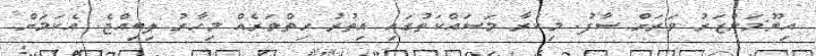
އިބޫ:މަންޒަރު ވަރަށް ސާފު. މިކުރާ މަސައްކަތުގައި އިތުރު ހިތްވަރެއް މިހާރު ލިބިއްޖެ. އެކަމަށް